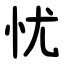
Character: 忧